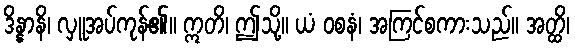
ဒိန္နာနိ၊ လှူအပ်ကုန်၏။ ဣတိ၊ ဤသို့။ ယံ ဝစနံ၊ အကြင်စကားသည်။ အတ္ထိ၊